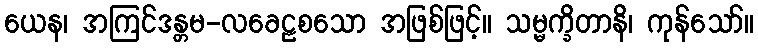
ယေန၊ အကြင်ဒန္တမ-လခေဠစသော အဖြစ်ဖြင့်။ သမ္မက္ခိတာနိ၊ ကုန်သော်။